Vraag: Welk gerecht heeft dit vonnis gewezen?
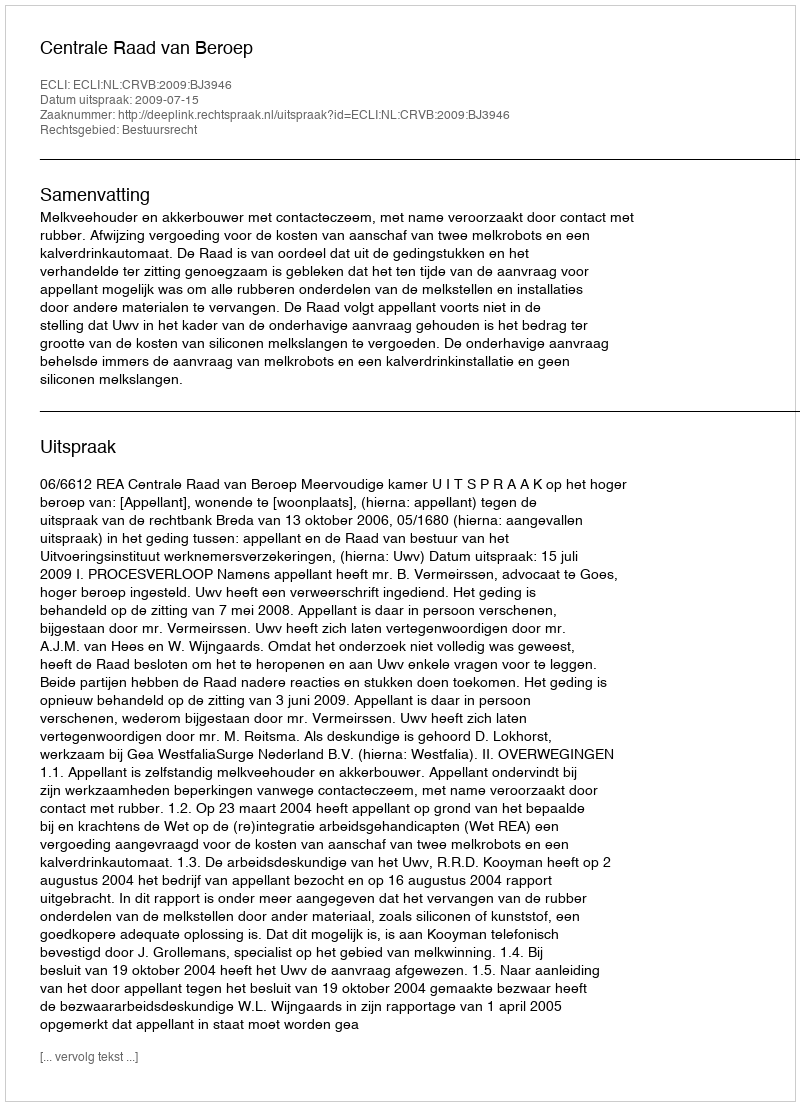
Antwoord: Centrale Raad van Beroep